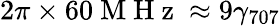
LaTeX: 2\pi\times 60\mathrm{~M~H~z~}\approx 9\gamma_{707}